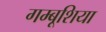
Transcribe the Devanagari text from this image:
गम्बूशिया